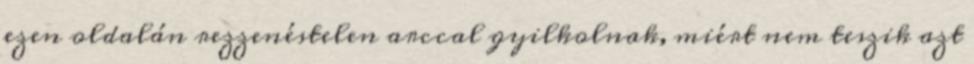
ezen oldalán rezzenéstelen arccal gyilkolnak, miért nem teszik azt